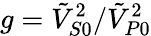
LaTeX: g=\tilde{V}_{S0}^{2}/\tilde{V}_{P0}^{2}